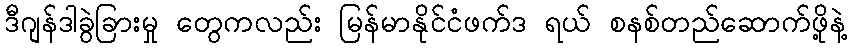
ဒီဂျန်ဒါခွဲခြားမှု တွေကလည်း မြန်မာနိုင်ငံဖက်ဒ ရယ် စနစ်တည်ဆောက်ဖို့နဲ့